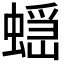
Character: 𧏭